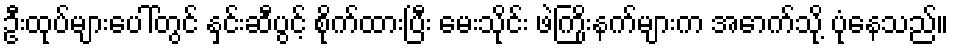
ဦးထုပ်များပေါ်တွင် နှင်းဆီပွင့် စိုက်ထားပြီး မေးသိုင်း ဖဲကြိုးနက်များက အောက်သို့ ပုံနေသည်။